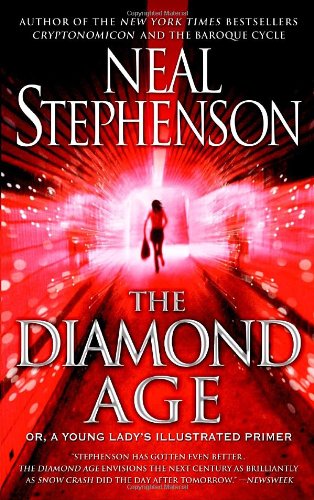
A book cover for The Diamond Age: Or, a Young Lady's Illustrated Primer (Bantam Spectra Book); Neal Stephenson; Science Fiction & Fantasy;